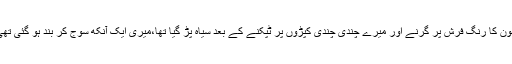
خون کا رنگ فرش پر گرنے اور میرے چندی چندی کپڑوں پر ٹپکنے کے بعد سیاہ پڑ گیا تھا،میری ایک آنکھ سوج کر بند ہو گئی تھی۔